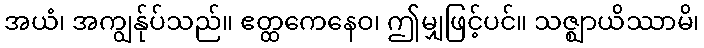
အယံ၊ အကျွန်ုပ်သည်။ ဧတ္ထကေနေဝ၊ ဤမျှဖြင့်ပင်။ သဇ္ဈာယိဿာမိ၊